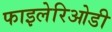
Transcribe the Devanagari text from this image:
फाइलेरिओडी